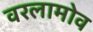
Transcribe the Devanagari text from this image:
वरलामोव